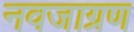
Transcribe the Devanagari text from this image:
नवजाग्रण